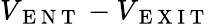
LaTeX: V_{\mathrm{~E~N~T~}}-V_{\mathrm{~E~X~I~T~}}